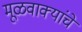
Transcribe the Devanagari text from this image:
मूळवाक्यांचे